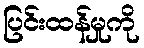
ပြင်းထန်မှုကို